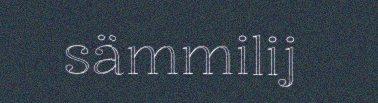
sämmilij